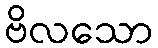
ဗိလသော